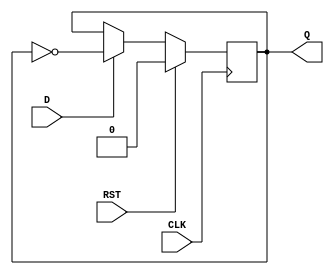
module DFF (
    CLK, RST, D, Q
);
    input wire CLK;
    input wire RST;
    input wire D;
    output Q;
    reg Q;
    
    always @(posedge CLK) begin
        if(RST) begin
            Q <= 0; // reset
        end
        else if (D) begin
            Q <= ~Q; // toggle
        end
    end
endmodule